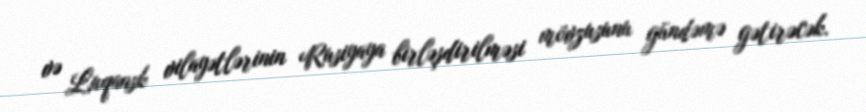
və Luqansk vilayətlərinin Rusiyaya birləşdirilməsi mövzusunu gündəmə gətirəcək.